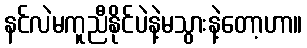
နင်လဲမကူညီနိုင်ပဲနဲ့မသွားနဲ့တော့ဟာ။